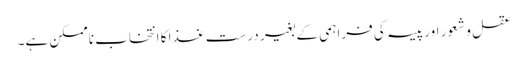
عقل و شعور اور پیسہ کی فراہمی کے بغیر درست غذا کا انتخاب ناممکن ہے۔